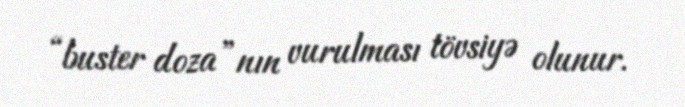
“buster doza”nın vurulması tövsiyə olunur.